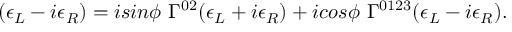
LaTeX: ( \epsilon _ { L } - i \epsilon _ { R } ) = i s i n \phi ~ \Gamma ^ { 0 2 } ( \epsilon _ { L } + i \epsilon _ { R } ) + i c o s \phi ~ \Gamma ^ { 0 1 2 3 } ( \epsilon _ { L } - i \epsilon _ { R } ) .